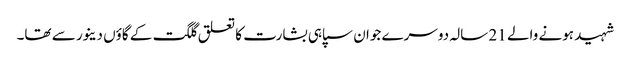
شہید ہونے والے 21 سالہ دوسرے جوان سپاہی بشارت کا تعلق گلگت کے گاؤں دینور سے تھا۔